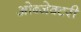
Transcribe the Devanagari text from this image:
ओब्जेक्टरी